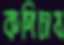
কপিচাষ